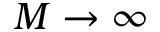
M \to \infty